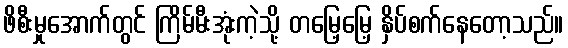
ဖိစီးမှုအောက်တွင် ကြိမ်မီးအုံးကဲ့သို့ တမြေ့မြေ့ နှိပ်စက်နေတော့သည်။